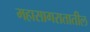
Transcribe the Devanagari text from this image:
महासागरातातील